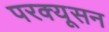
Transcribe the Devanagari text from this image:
परक्यूसन